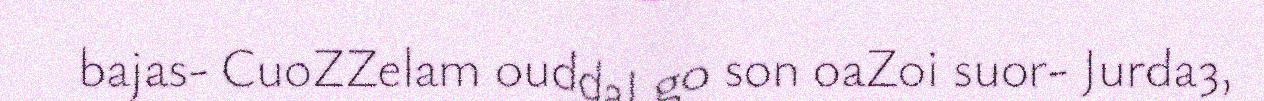
bajas- CuoZZelam ouddal go son oaZ0i suor- Jurda3,